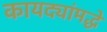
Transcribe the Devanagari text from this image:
कायद्यांमद्धे